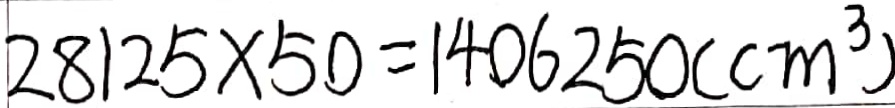
2 8 1 2 5 \times 5 0 = 1 4 0 6 2 5 0 ( c m ^ { 3 } )